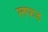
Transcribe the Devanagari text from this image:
लफड